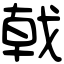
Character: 戟